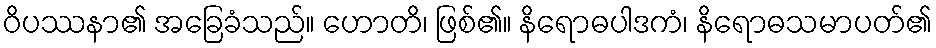
ဝိပဿနာ၏ အခြေခံသည်။ ဟောတိ၊ ဖြစ်၏။ နိရောဓပါဒကံ၊ နိရောဓသမာပတ်၏